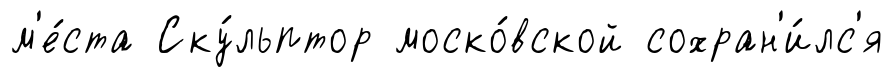
м'е́ста Ску́льптор моско́вской сохран'и́лс'я